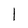
Character: l